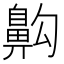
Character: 𪖙